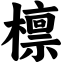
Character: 檩